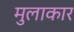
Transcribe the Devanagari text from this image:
मुलाकार